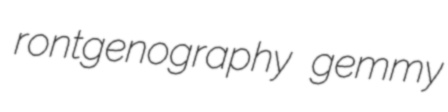
rontgenography gemmy